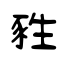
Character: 甤